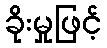
ခိုးမှုဖြင့်